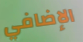
الإضافي